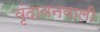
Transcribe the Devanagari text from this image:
वृंदावनवाली